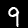
Label: 9